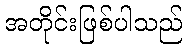
အတိုင်းဖြစ်ပါသည်